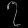
Digit: ၇